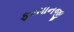
ફરમાનજી